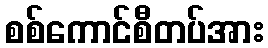
စစ်ကောင်စီတပ်အား